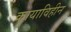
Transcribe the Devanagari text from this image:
कायाविहीन